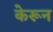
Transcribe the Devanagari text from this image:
केरून